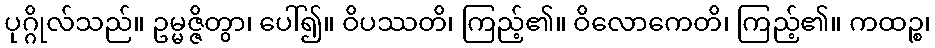
ပုဂ္ဂိုလ်သည်။ ဥမ္မဇ္ဇိတွာ၊ ပေါ်၍။ ဝိပဿတိ၊ ကြည့်၏။ ဝိလောကေတိ၊ ကြည့်၏။ ကထဉ္စ၊